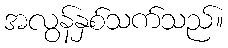
အလွန်နှစ်သက်သည်။